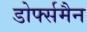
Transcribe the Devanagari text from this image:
डोर्फ्समैन